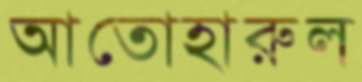
আতোহারুল